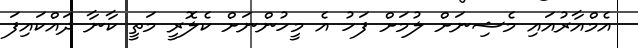
އެމްއާރުއައި މެޝިނަށް ލުމަށް ފަހު އެ މީހުންނަށް ކެލޮރީ މަތީ ކާނާ ދައްކައިފަ